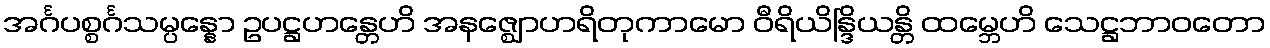
အင်္ဂပစ္စင်္ဂသမ္ပန္နော ဥပဋ္ဌဟန္တေဟိ အနဇ္ဈောဟရိတုကာမော ဝီရိယိန္ဒြိယန္တိ ထမ္ဘေဟိ သေဋ္ဌဘာဝတော